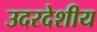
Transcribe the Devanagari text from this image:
उदरदेशीय